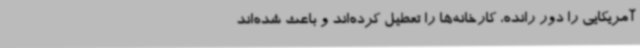
آمریکایی را دور رانده، کارخانه‌ها را تعطیل کرده‌اند و باعث شده‌اند